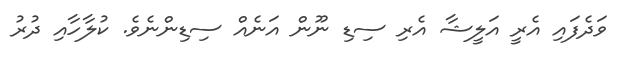
ވަަދެފައި އެރީ އަލީޝާ އެރި ސިޑި ނޫން އަނެއް ސިޑިންނެވެ. ކުލާހާއި ދުރު